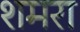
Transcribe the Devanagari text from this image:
शमरा